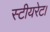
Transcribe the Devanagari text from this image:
स्टीयरेट।